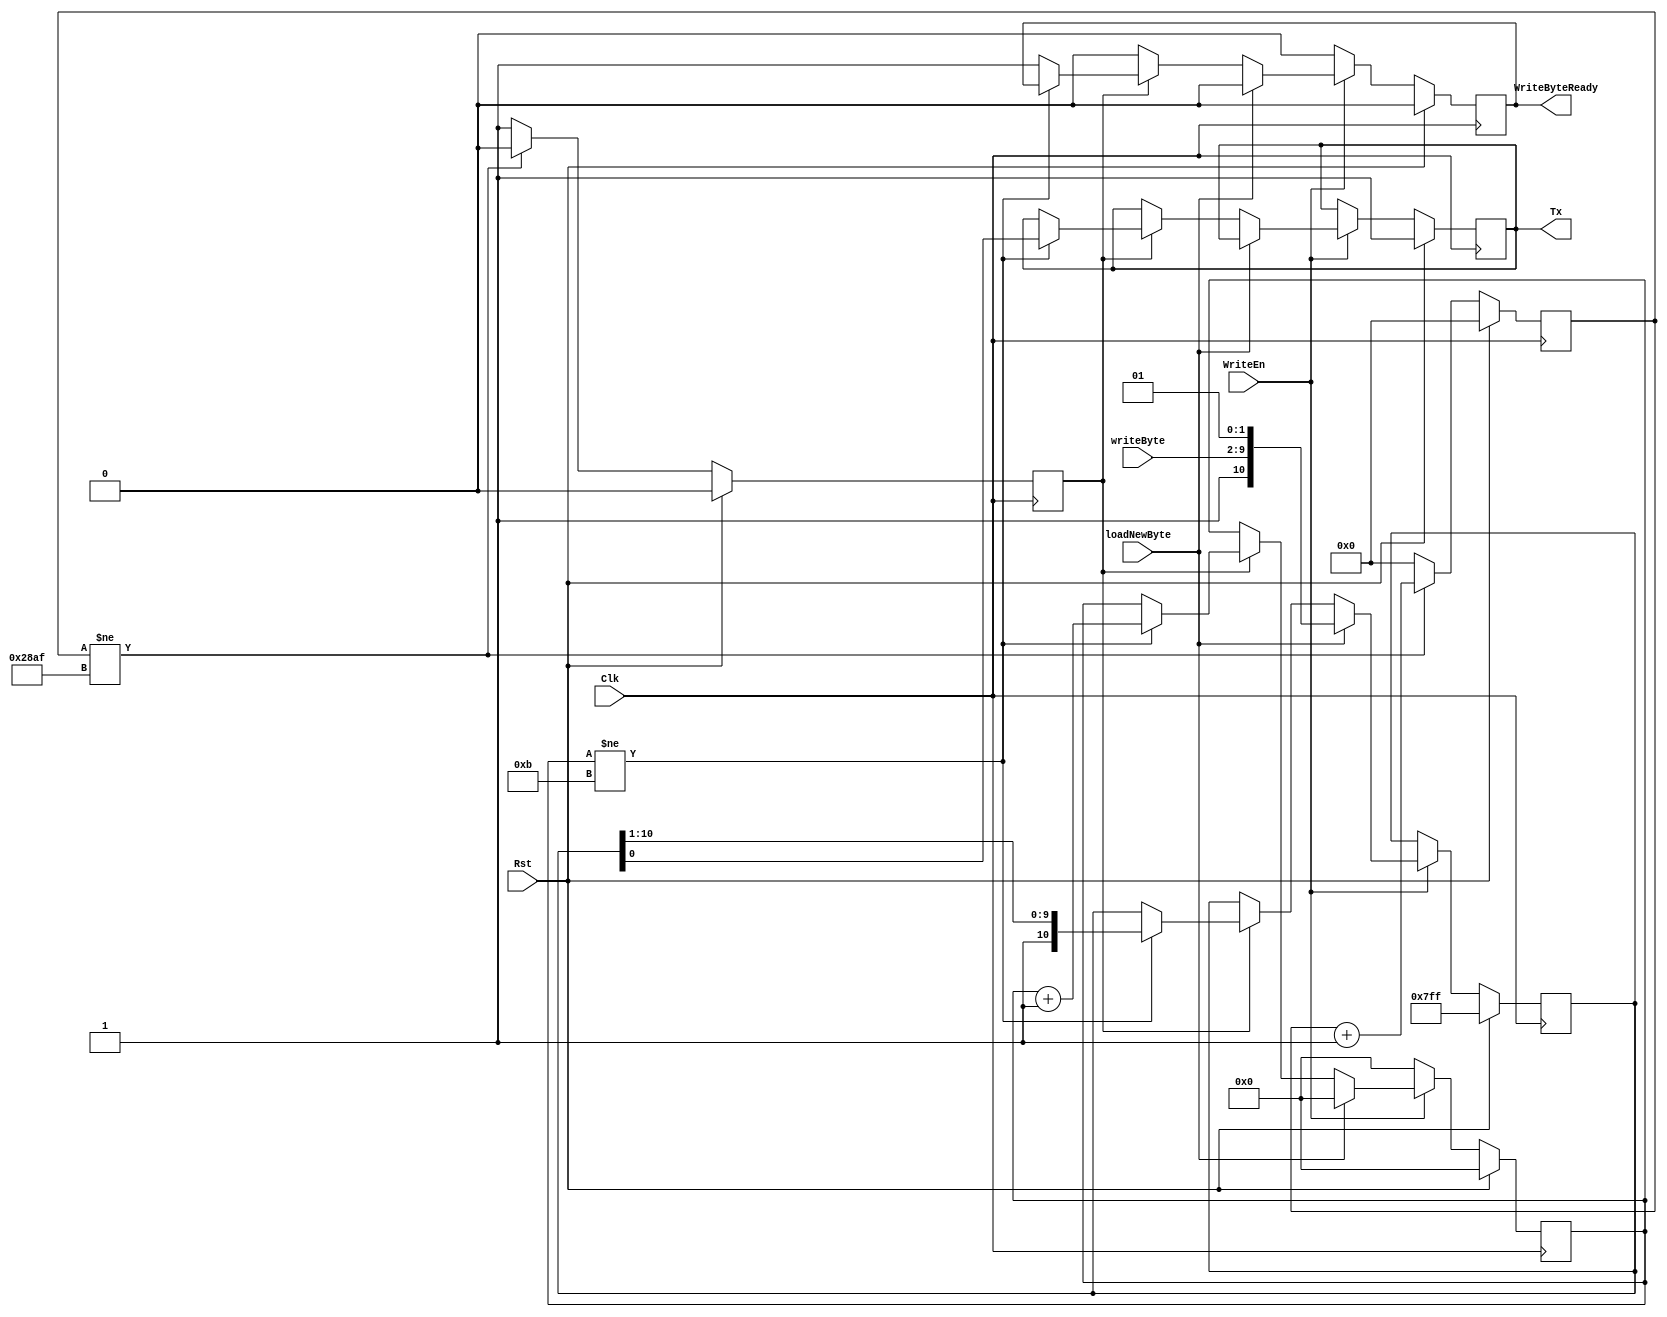
`timescale 1ns / 1ps
//////////////////////////////////////////////////////////////////////////////////
// Company: 
// Engineer: 
// 
// Design Name: 
// Module Name:    WriteSerial 
// Project Name: 
// Target Devices: 
// Tool versions: 
// Description: 
//
// Dependencies: 
//
// Revision: 
// Revision 0.01 - File Created
// Additional Comments: 
//
//////////////////////////////////////////////////////////////////////////////////
module WriteSerial(
    output reg Tx,
    input [7:0] writeByte,
    input Clk,
    input Rst,
    input WriteEn,
    input loadNewByte,
    output reg WriteByteReady
    );

    // Freq dividers constants
    parameter DesiredFreq = 9600;
    parameter BoardFreq = 100000000; //Nexys3
    parameter Bits = 27; // 2^Bits = BoardFreq
    parameter MaxCount    = BoardFreq / DesiredFreq;
    // Freq dividers signals
    reg [Bits - 1: 0] count;
    reg En9600Hz;

    // Serial transmitter signals
    reg [10:0] TxBuffer;
    reg [3:0] bitCounter;

    // Freq divider 9600
    always @(posedge Clk) begin
        if (Rst) begin
            count = 0;
            En9600Hz = 1'b0;
        end
        else begin
            if (count != MaxCount - 1) begin
                count = count + 1'b1;
                En9600Hz = 1'b0;
            end
            else begin
                count = 0;
                En9600Hz = 1'b1;
            end
        end
    end

    always @(posedge Clk) begin
        if (Rst) begin
            bitCounter = 0;
            WriteByteReady = 1'b0;
            Tx = 1'b1;
            TxBuffer = 11'b111_1111_1111;
        end
        else if (WriteEn == 1'b1) begin
            if (loadNewByte == 1'b1) begin
                TxBuffer = {1'b1, writeByte[7:0], 2'b01};
                bitCounter = 0;
                WriteByteReady = 1'b0;
            end
            else if (En9600Hz == 1'b1) begin
                if (bitCounter != 11) begin
                    Tx = TxBuffer[0];
                    TxBuffer = {1'b1, TxBuffer[10:1]};
                    bitCounter = bitCounter + 1;
                end
                else begin
                    WriteByteReady = 1'b1;
                end
            end
            else begin
                WriteByteReady = 1'b0;
            end
        end
        else begin
            WriteByteReady = 1'b0;
            bitCounter = 0;
        end
    end

endmodule